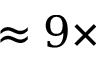
\approx 9 \times